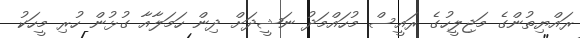
ރައްޔިތުންގެ މަޖިލީހުގެ ރައީސް މުހައްމަދު ނަޝީދަށް ދިން ހަމަލާއާ ގުޅުން ހުރި މީހަކު